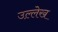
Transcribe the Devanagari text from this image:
उल्ले़ख